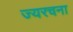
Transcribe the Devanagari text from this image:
ज्यरचना